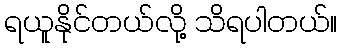
ရယူနိုင်တယ်လို့ သိရပါတယ်။